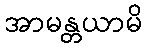
အာမန္တယာမိ